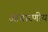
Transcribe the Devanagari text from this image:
आचारणीय